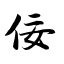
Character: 佞